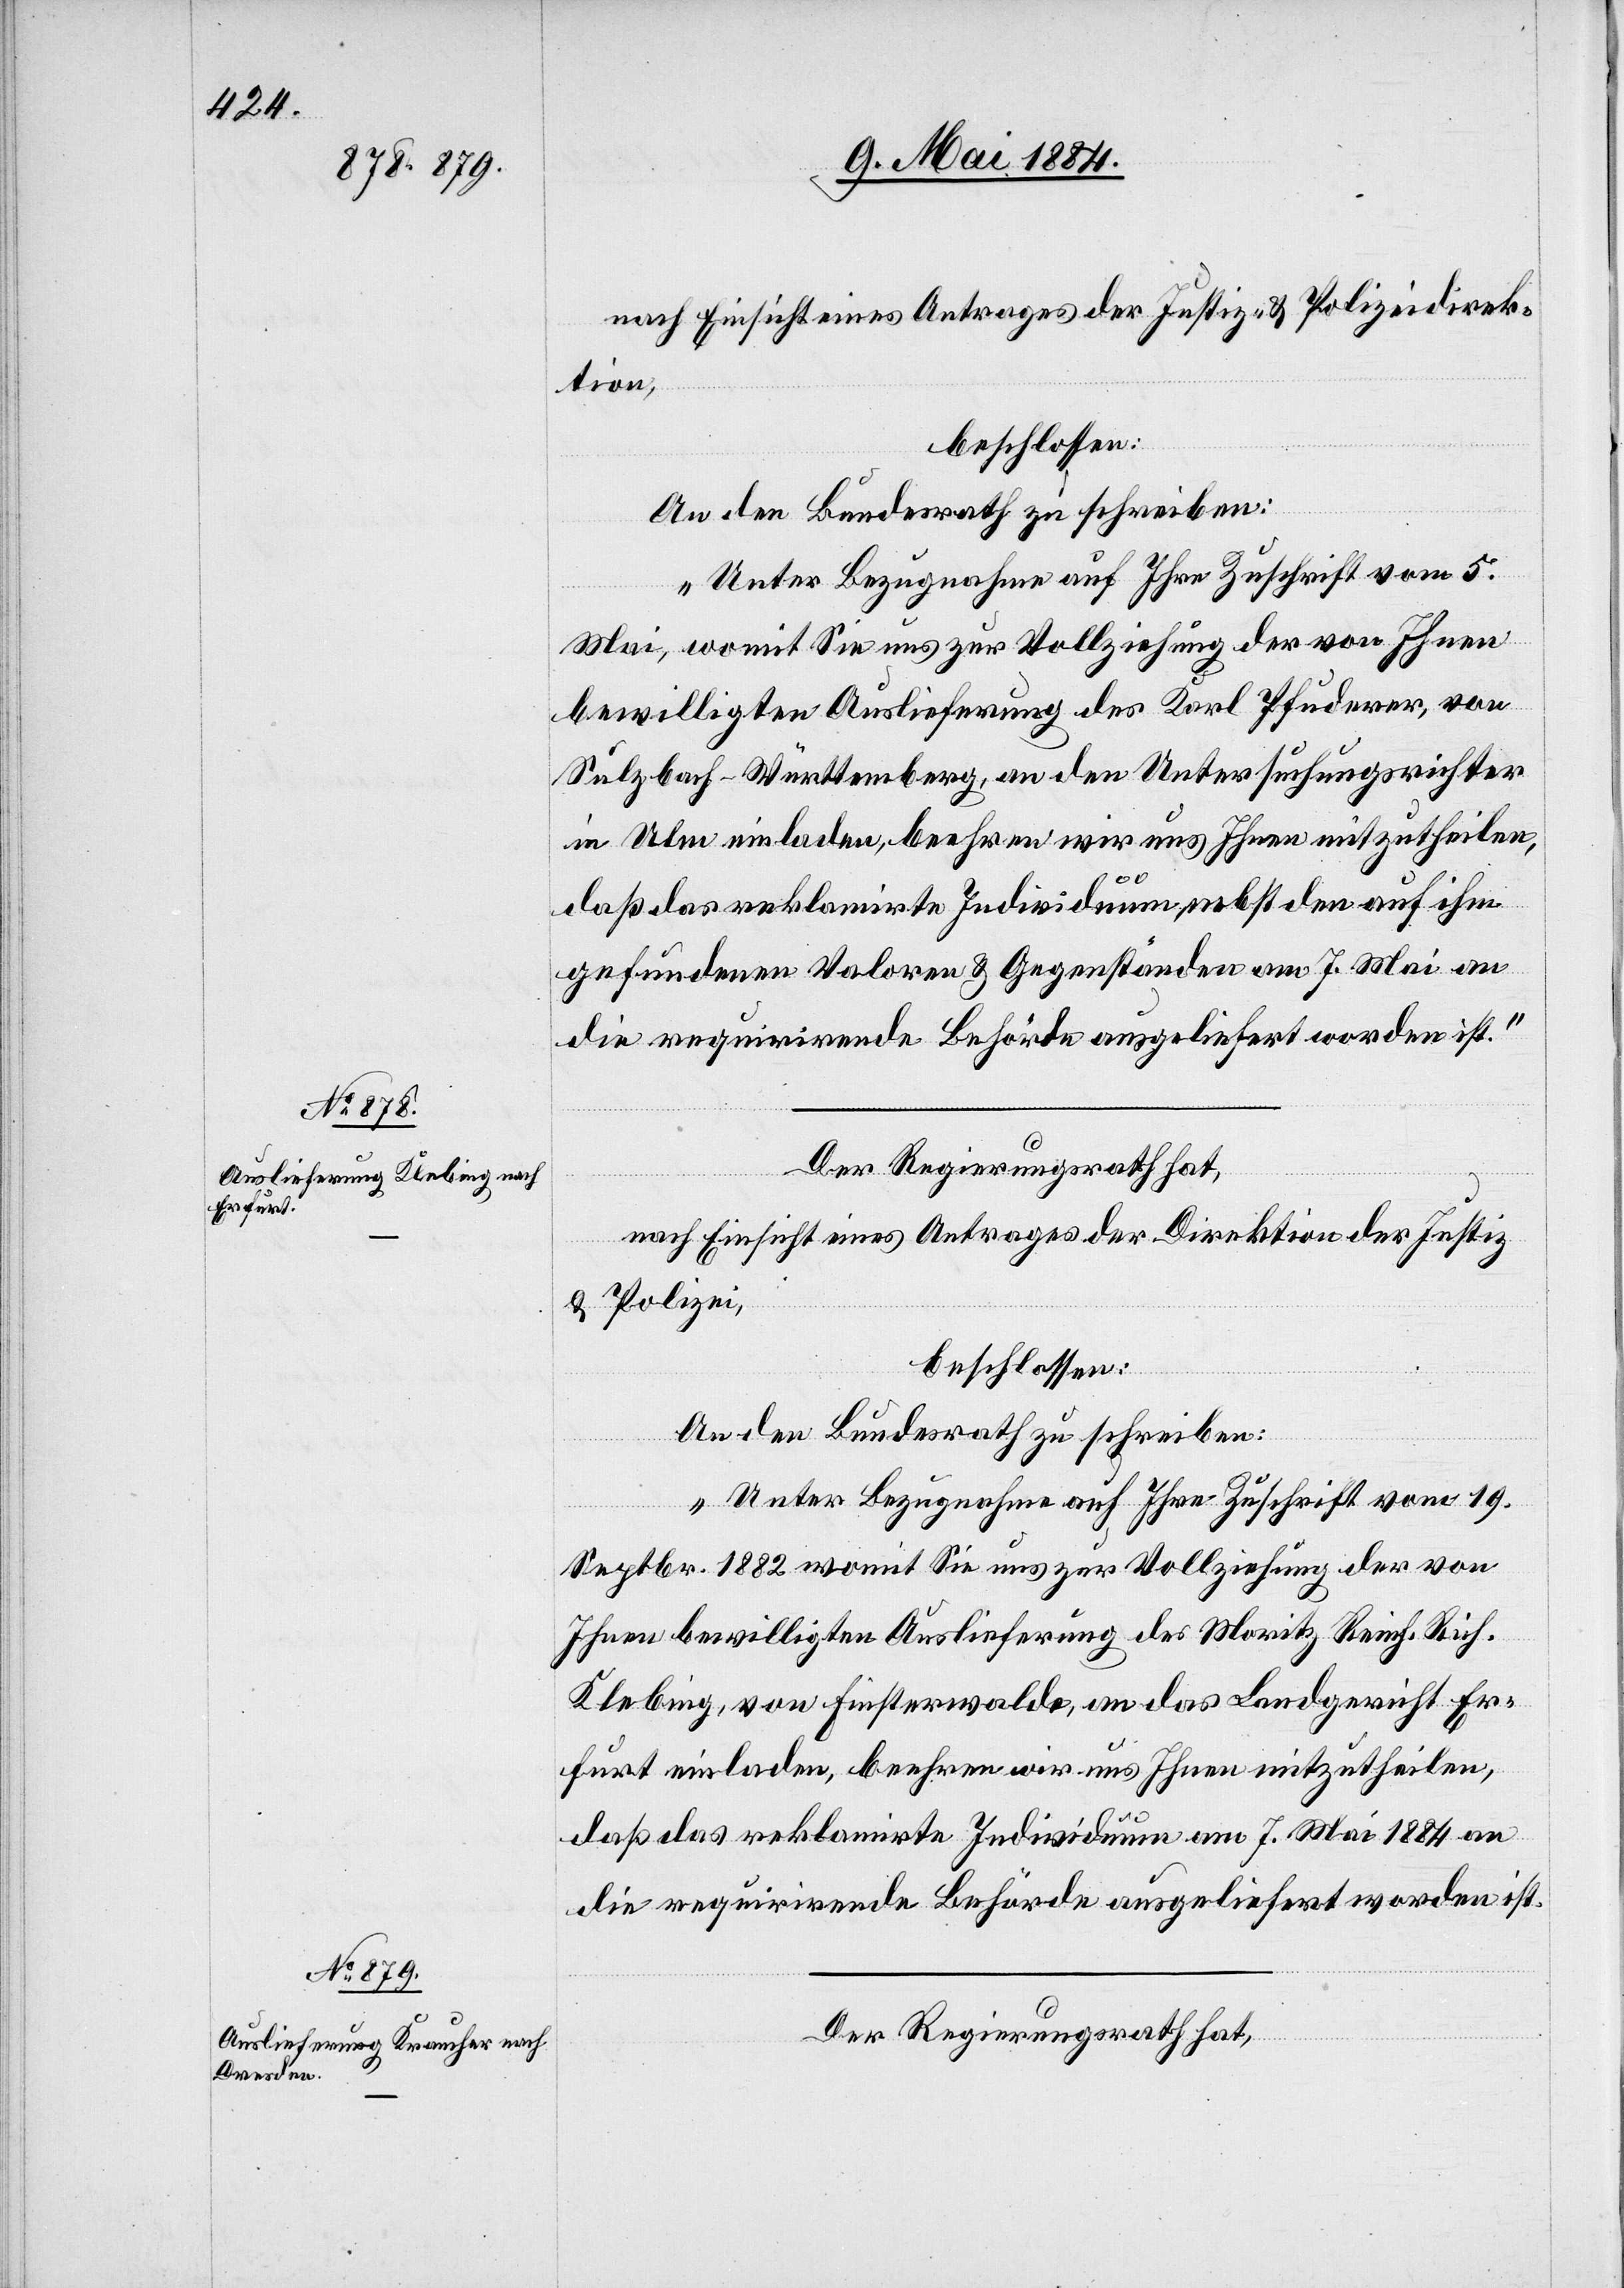
nach Einsicht eines Antrages der Justiz- & Polizeidirek¬
tion,
beschlossen:
An den Bundesrath zu schreiben:
„Unter Bezugnahme auf Ihre Zuschrift vom 5.
Mai, womit Sie uns zur Vollziehung der von Ihnen
bewilligten Auslieferung des Karl Pfuderer, von
Sulzbach - Württemberg, an den Untersuchungsrichter
in Ulm einladen, beehren wir uns Ihnen mitzutheilen,
daß das reklamirte Individuum, nebst den auf ihm
gefundenen Valoren & Gegenständen am 7. Mai an
die requirirende Behörde ausgeliefert worden ist.“
Der Regierungsrath hat,
nach Einsicht eines Antrages der Direktion der Justiz
& Polizei,
beschlossen:
An den Bundesrath zu schreiben:
„Unter Bezugnahme auf Ihre Zuschrift vom 19.
Septbr. 1882 womit Sie uns zur Vollziehung der von
Ihnen bewilligten Auslieferung des Moritz Reinh. Rich.
Klebing, von Finsterwalde, an das Landgericht Er¬
furt einladen, beehren wir uns Ihnen mitzutheilen,
daß das reklamirte Individuum am 7. Mai 1884 an
die requirirende Behörde ausgeliefert worden ist.“
Der Regierungsrath hat,